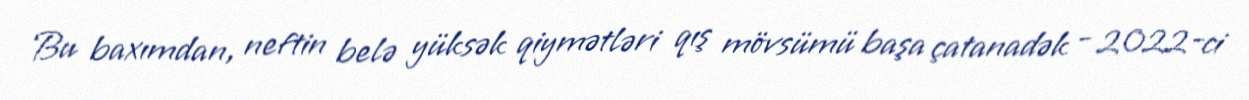
Bu baxımdan, neftin belə yüksək qiymətləri qış mövsümü başa çatanadək - 2022-ci